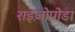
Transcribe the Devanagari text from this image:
राइज़ोपोडा